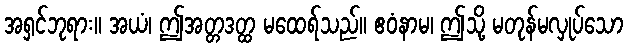
အရှင်ဘုရား။ အယံ၊ ဤအတ္တဒတ္ထ မထေရ်သည်။ ဧဝံနာမ၊ ဤသို့ မတုန်မလှုပ်သော